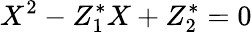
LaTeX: X^{2}-Z_{1}^{*}X+Z_{2}^{*}=0